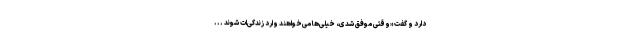
دارد و گفت «وقتی موفق شدی، خیلی‌ها می‌خواهند وارد زندگی‌ات شوند ...